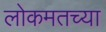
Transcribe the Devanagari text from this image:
लोकमतच्या